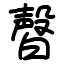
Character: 㿦